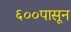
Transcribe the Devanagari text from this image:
६००पासून